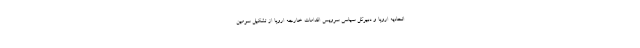
اتحادیه اروپا و دبیرکل سیاسی سرویس اقدامات خارجه اروپا از تشکیل سومین